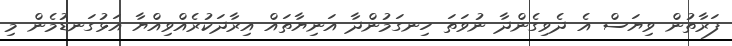
ފަރާތުން ވިޔަސް އެ ދެވިގެންދާ ނުވަތަ ހިނގަމުންދާ އަނިޔާތައް އިރާދަކުރެއްވިއްޔާ އަޅުގަނޑުމެން މި